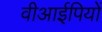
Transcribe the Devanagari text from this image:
वीआईपियों